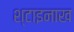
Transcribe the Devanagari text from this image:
श्टाइनाख